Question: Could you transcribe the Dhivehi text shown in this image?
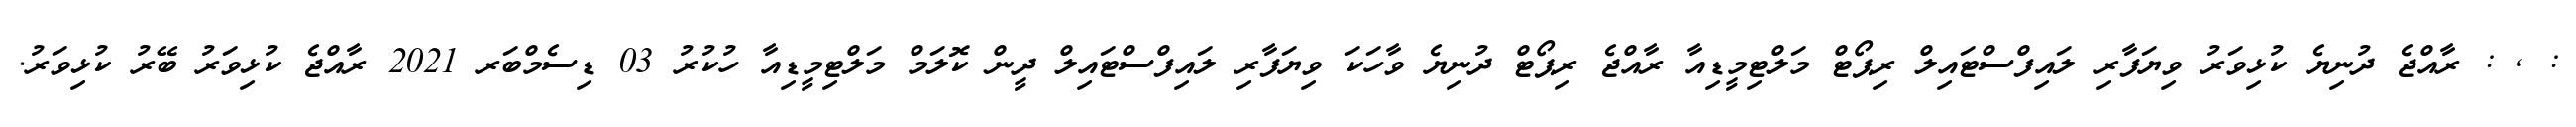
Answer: : , : ރާއްޖެ ދުނިޔެ ކުޅިވަރު ވިޔަފާރި ލައިފްސްޓައިލް ރިޕޯޓް މަލްޓިމީޑިއާ ރާއްޖެ ރިޕޯޓް ދުނިޔެ ވާހަކަ ވިޔަފާރި ލައިފްސްޓައިލް ދީން ކޮލަމް މަލްޓިމީޑިއާ ހުކުރު 03 ޑިސެމްބަރ 2021 ރާއްޖެ ކުޅިވަރު ބޭރު ކުޅިވަރު.